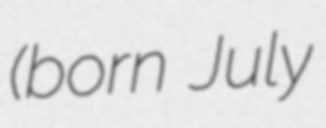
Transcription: (born July